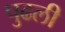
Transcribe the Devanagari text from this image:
पुढली